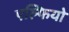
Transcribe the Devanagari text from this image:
एल्फियो